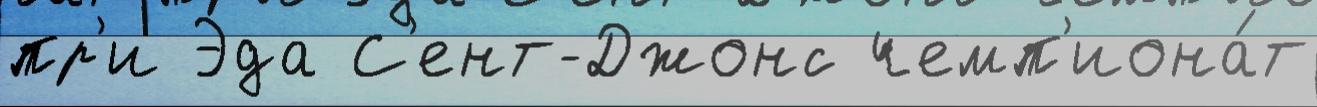
пр'и Эда С'ент-Джонс чемп'иона́т